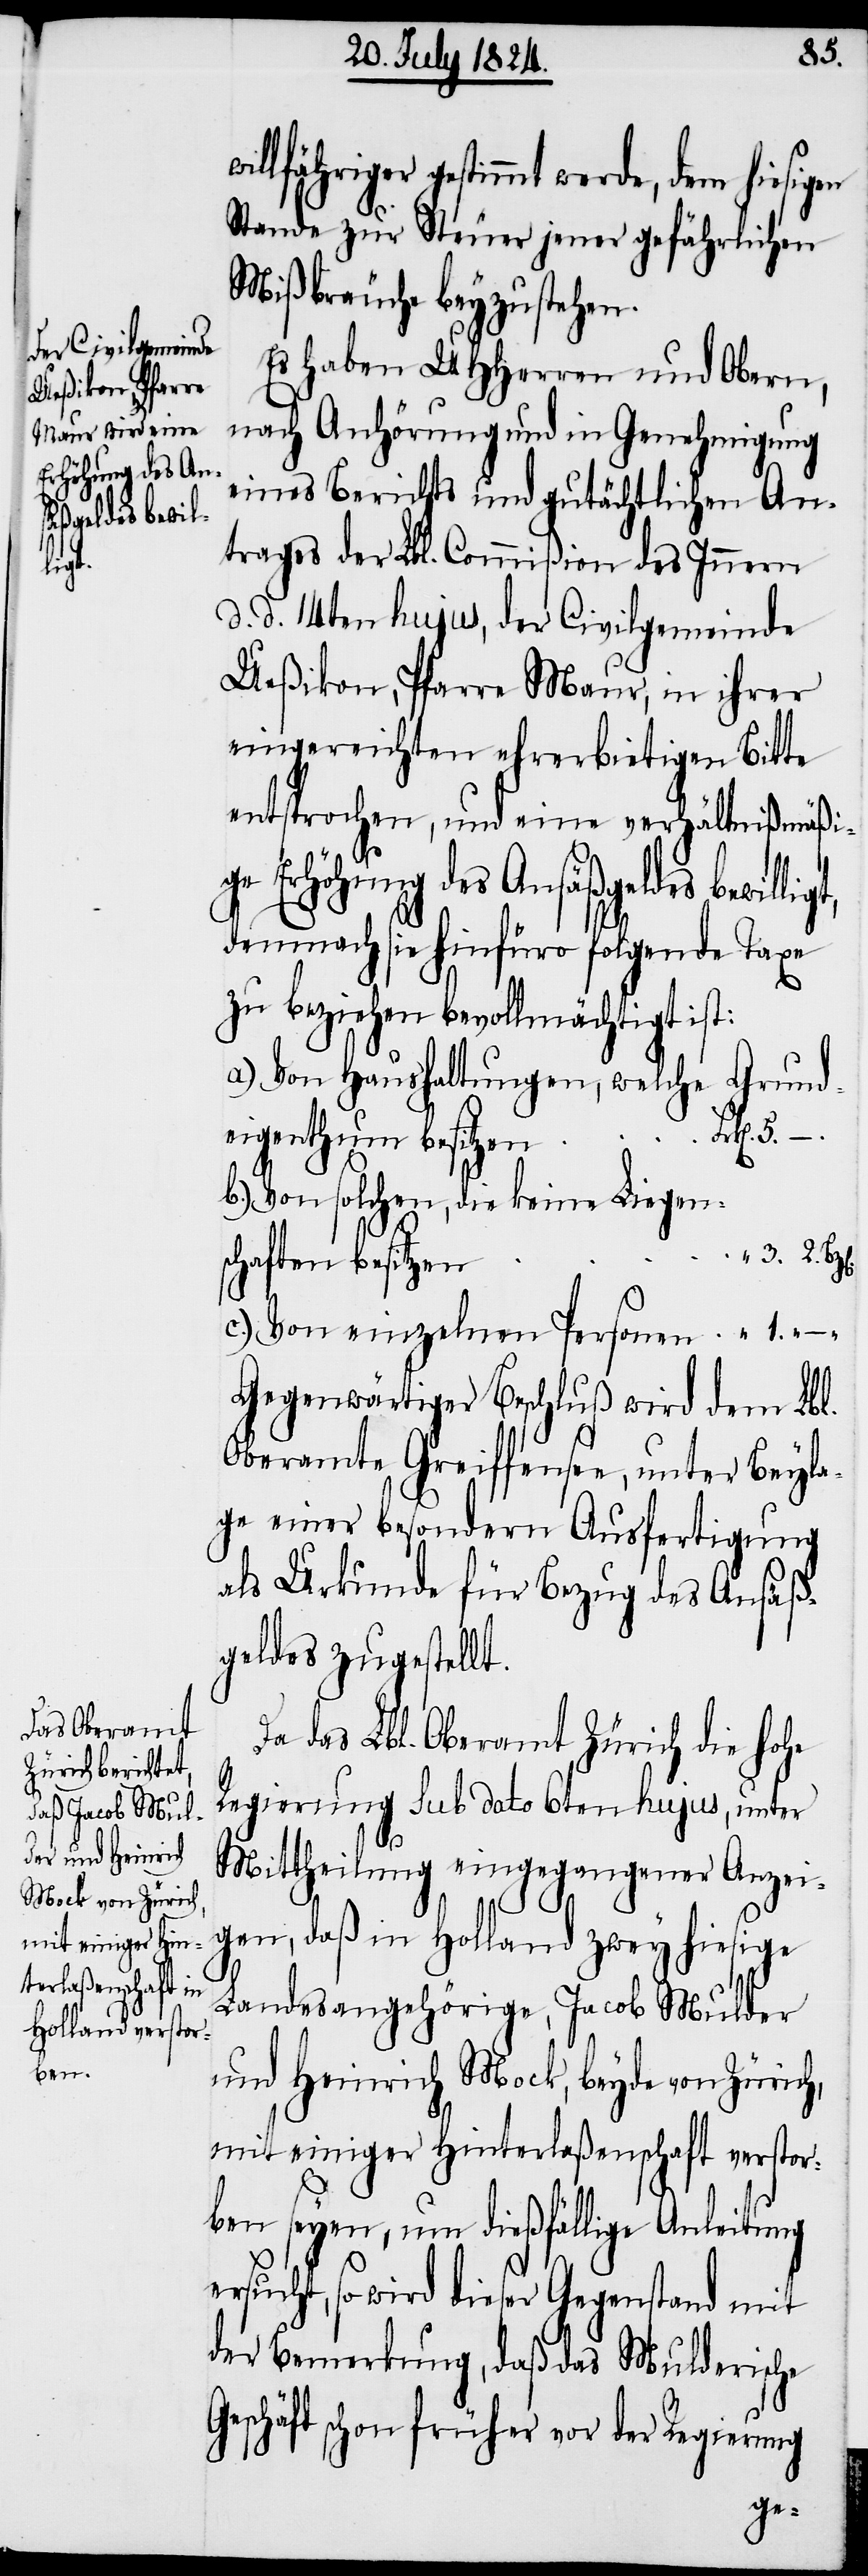
ligt,

3. 2.
lfähriger gestimmt werde, dem hiesigen
Stande zur Steuer jener gefährlichen
Mißbräuche beyzustehen.
Es haben UHHerren und Obern,
nach Anhörung und in Genehmigung
eines Berichtes und gutächtlichen An¬
trages der Lbl. Commißion des Innern
d. d. 14ten hujus, der Civilgemeinde
Ueßikon, Pfarre Maur, in ihrer
eingereichten ehrerbietigen Bitte
entsprochen, und eine verhältnißmäßi¬
ge Erhöhung des Ansäßgeldes bewil¬
demnach sie hinfüro folgende Taxe
zu beziehen bevollmächtigt ist:
a.) Von Haushaltungen, welche Grund¬
eigenthum besitzen		Frk[en].
b.) Von solchen, die keine Liegen¬
schaften besitze¬
c.) Von einzelnen Personen
Gegenwärtiger Beschluß wird dem Lbl.
Oberamte Greiffensee, unter Beyle¬
gung einer besondern Ausfertigung
als Urkunde für Bezug des Ansäß¬
geldes zugestellt.
Da das Lbl. Oberamt Zürich die hohe
Regierung sub dato 6ten hujus, unter
Mittheilung eingegangener Anzei¬
gen, daß in Holland zwey hiesige
Landesangehörige, Jacob Mulder
und Heinrich Mock, beyde von Zürich,
mit einiger Hinterlaßenschaft verstor¬
ben seyen, um dießfällige Anleitung
ersucht, so wurde dieser Gegenstand mit
der Bemerkung, daß das Mulderische
Geschäft schon früher vor der Regierung